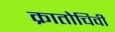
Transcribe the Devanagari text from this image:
क्रातोचिवी